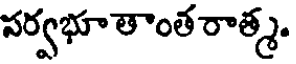
సర్వభూ తాంత రాత్మ.